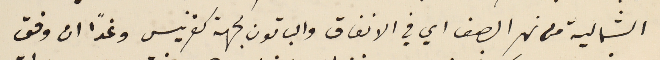
الشمالية من نهر الصفا اي في الانفاق والباقون لجهة كفرنيس وغداً ان وفق